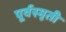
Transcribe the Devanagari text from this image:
पूर्वस्मृती